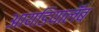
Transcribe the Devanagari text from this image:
आयडियालॅब